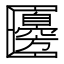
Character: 𠥫